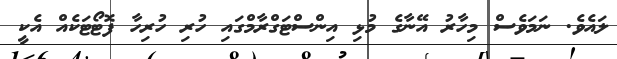
ލައެވެ. ނަމަވެސް މިހާރު އޭނާގެ މުޅި އިންސްޓަގްރާމްގައި ހުރި ހުރިހާ ފޮޓޯޓަކެއް އެކީ